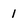
Character: 1